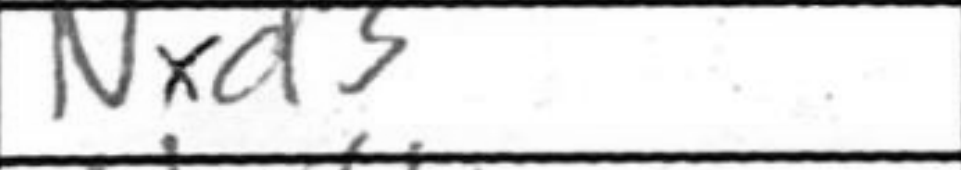
Transcription: Nxd3